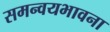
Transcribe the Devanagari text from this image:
समन्वयभावना